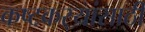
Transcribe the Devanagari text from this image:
कष्टकर्‍यांसाठी